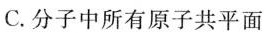
C.分子中所有原子共平面